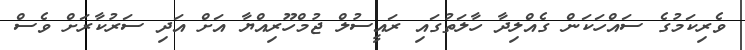
ވެރިކަމުގެ ސައްހަކަން ގެއްލިދާ ހާލަތުގައި ރައީސުލް ޖުމްހޫރިއްޔާ އަށް އަދި ސަރުކާރަށް ވެސް